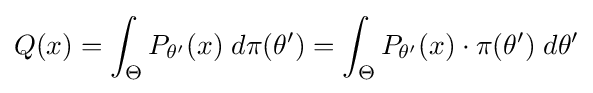
Q(x)=\int _{\Theta }P_{\theta '}(x)\;d\pi (\theta ')=\int _{\Theta }P_{\theta '}(x)\cdot \pi (\theta ')\;d\theta '